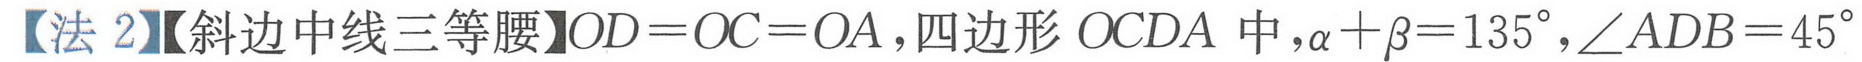
【法 2】【斜边中线三等腰】\(OD = OC = OA\)，四边形 \(OCDA\) 中，\(\alpha+\beta = 135^{\circ},\angle ADB = 45^{\circ}\)